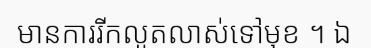
មានការរីកលូតលាស់ទៅមុខ ។ ឯ